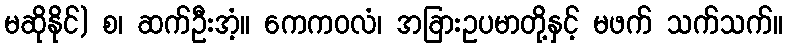
မဆိုနိုင်) စ၊ ဆက်ဦးအံ့။ ကေကဝလံ၊ အခြားဥပမာတို့နှင့် မဖက် သက်သက်။